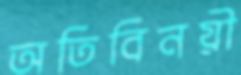
অতিবিনয়ী